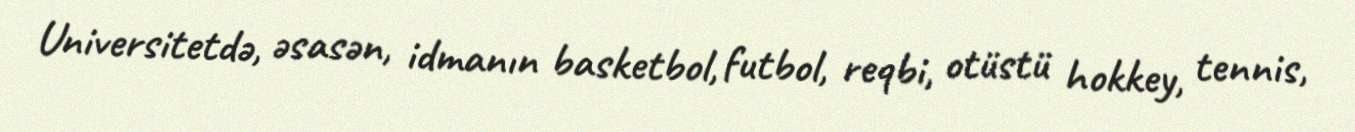
Universitetdə, əsasən, idmanın basketbol, futbol, reqbi, otüstü hokkey, tennis,